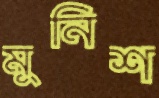
মুনিশ